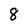
Character: 8